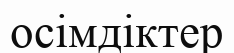
осімдіктер